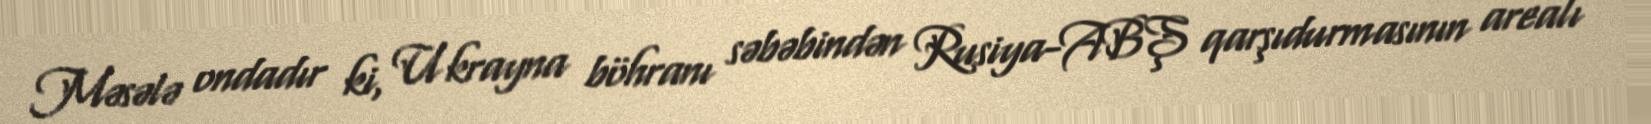
Məsələ ondadır ki, Ukrayna böhranı səbəbindən Rusiya-ABŞ qarşıdurmasının arealı